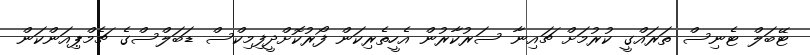
ޓޭބަލް ޓެނިސް ތަރައްގީ ކުރުމަށް ޗައިނާ ސަރުކާރުން އެހީތެރިކަން ފޯރުކޮށްދީފިމިކްސް ޑަބަލްސްގެ ޗެމްޕިއަންކަން